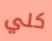
كلي